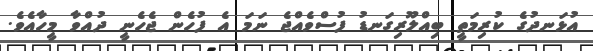
އުޅަނދުގެ ކުރިމަތީ ބިއްލޫރިގަނޑު ފުސްވެއްޖެ ނަމަ އެ ފުހެން ޖެހެނީ ދުއްވާ މީހާއެވެ.